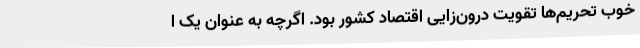
خوب تحریم‌ها تقویت درون‌زایی اقتصاد کشور بود. اگرچه به عنوان یک ا